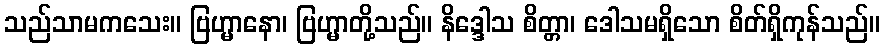
သည်သာမကသေး။ ဗြဟ္မာနော၊ ဗြဟ္မာတို့သည်။ နိဒ္ဒေါသ စိတ္တာ၊ ဒေါသမရှိသော စိတ်ရှိကုန်သည်။